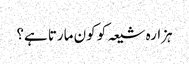
ہزارہ شیعہ کو کون مارتا ہے؟